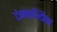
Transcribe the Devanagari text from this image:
टंन्गान्यिका